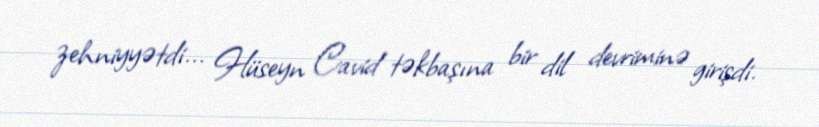
zehniyyətdi... Hüseyn Cavid təkbaşına bir dil devriminə girişdi.